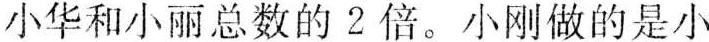
小华和小丽总数的2倍。小刚做的是小